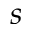
s